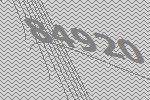
84920